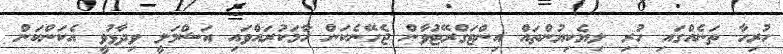
ހުރިހާ ތަނެއްގައި ހުރި ލިޔެކިޔުންތައް އިންޓަގްރޭޓުވާން ޖެހޭނެކަން ހާމަކުރައްވައި އަޝްމަލީ ވިދާޅުވީ އެކަންކަން